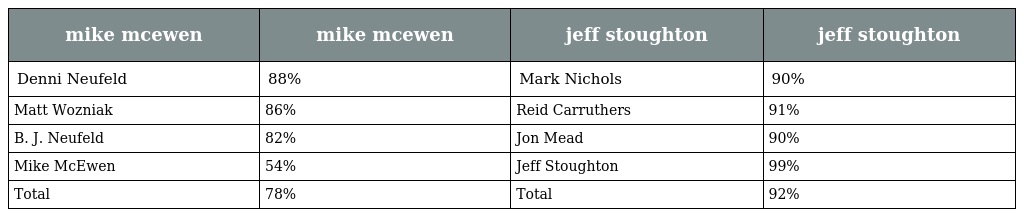
| mike mcewen | mike mcewen | jeff stoughton | jeff stoughton |
 | --- | --- | --- | --- |
 | Denni Neufeld | 88% | Mark Nichols | 90% |
 | Matt Wozniak | 86% | Reid Carruthers | 91% |
 | B. J. Neufeld | 82% | Jon Mead | 90% |
 | Mike McEwen | 54% | Jeff Stoughton | 99% |
 | Total | 78% | Total | 92% |